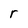
Character: r